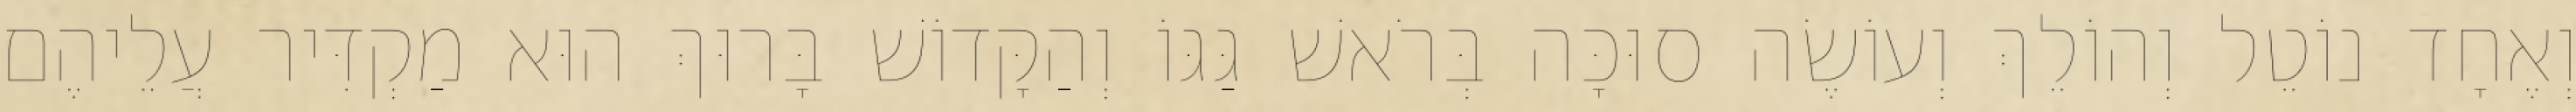
וְאֶחָד נוֹטֵל וְהוֹלֵךְ וְעוֹשֶׂה סוּכָּה בְּרֹאשׁ גַּגּוֹ וְהַקָּדוֹשׁ בָּרוּךְ הוּא מַקְדִּיר עֲלֵיהֶם